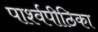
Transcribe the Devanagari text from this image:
पार्श्वपीठिका